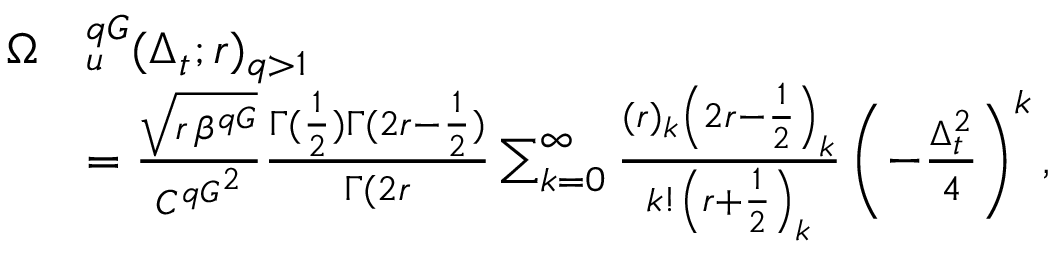
\begin{array} { r l } { \Omega } & { _ u ^ { q G } ( \Delta _ { t } ; r ) _ { q > 1 } } \\ & { = \frac { \sqrt { r \, \beta ^ { q G } } } { { C ^ { q G } } ^ { 2 } } \frac { \Gamma ( \frac { 1 } { 2 } ) \Gamma ( 2 r - \frac { 1 } { 2 } ) } { \Gamma ( 2 r } \sum _ { k = 0 } ^ { \infty } \frac { ( r ) _ { k } \left( 2 r - \frac { 1 } { 2 } \right) _ { k } } { k ! \left( r + \frac { 1 } { 2 } \right) _ { k } } \left( - \frac { \Delta _ { t } ^ { 2 } } { 4 } \right) ^ { k } , } \end{array}